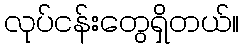
လုပ်ငန်းတွေရှိတယ်။